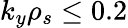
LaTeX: k_{y}\rho_{s}\le 0.2